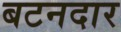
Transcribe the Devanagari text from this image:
बटनदार